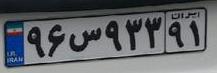
۹۶س۹۳۳۹۱